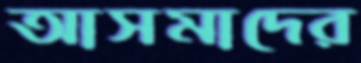
আসমাদের